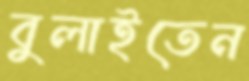
বুলাইতেন